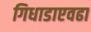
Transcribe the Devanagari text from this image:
गिधाडाएवढा